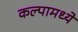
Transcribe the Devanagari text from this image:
कल्पामध्ये